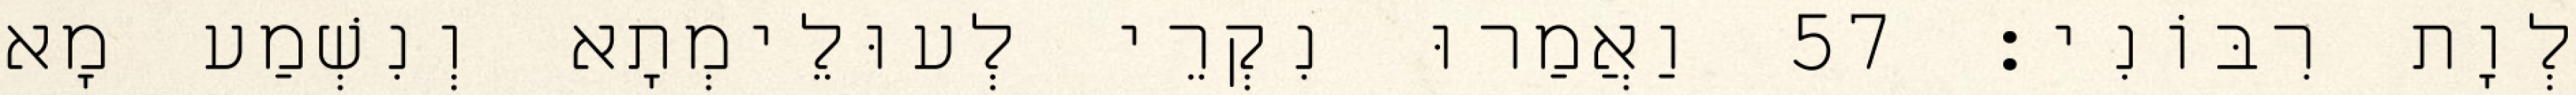
לְוָת רִבּוֹנִי׃ 57 וַאֲמַרוּ נִקְרֵי לְעוּלֵימְתָא וְנִשְׁמַע מָא